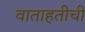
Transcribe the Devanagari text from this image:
वाताहतीची